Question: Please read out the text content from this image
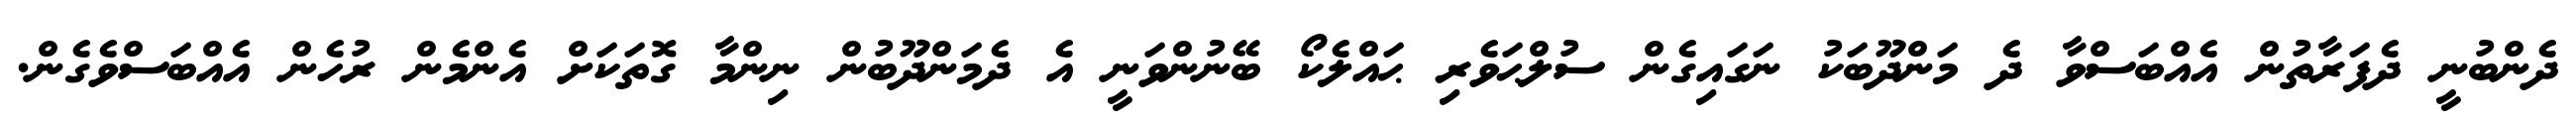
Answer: ދެންބުނީ ދެފަރާތުން އެއްބަސްވާ ދެ މަންދޫބަކު ނަގައިގެން ސުލްޙަވެރި ޙައްލެކޯ ބޭނުންވަނީ އެ ދެމަންދޫބުން ނިންމާ ގޮތަކަށް އެންމެން ރުހެން އެއްބަސްވެގެން.